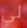
لي